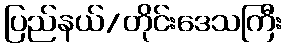
ပြည်နယ်/တိုင်းဒေသကြီး